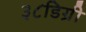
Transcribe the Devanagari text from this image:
३८डिग्री